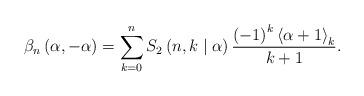
LaTeX: \begin{align*}\beta_{n}\left( \alpha,-\alpha\right) =\sum_{k=0}^{n}S_{2}\left(n,k\mid\alpha\right) \frac{\left( -1\right) ^{k}\left\langle \alpha+1\right\rangle _{k}}{k+1}. \end{align*}